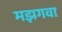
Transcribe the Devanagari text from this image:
मझगवा